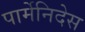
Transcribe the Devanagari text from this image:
पार्मेनिदेस